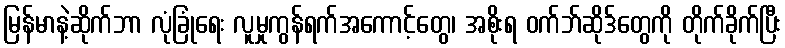
မြန်မာနဲ့ဆိုက်ဘာ လုံခြုံရေး လူမှုကွန်ရက်အကောင့်တွေ၊ အစိုးရ ဝက်ဘ်ဆိုဒ်တွေကို တိုက်ခိုက်ပြီး